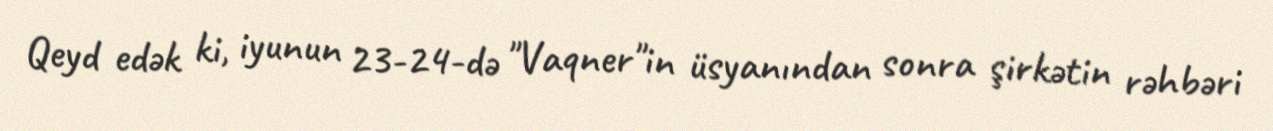
Qeyd edək ki, iyunun 23-24-də "Vaqner"in üsyanından sonra şirkətin rəhbəri